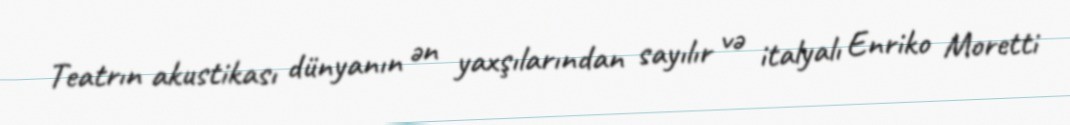
Teatrın akustikası dünyanın ən yaxşılarından sayılır və italyalı Enriko Moretti